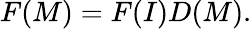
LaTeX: F(M)=F(I)D(M).